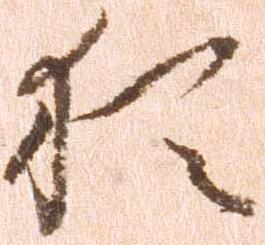
猶